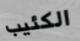
الكئيب